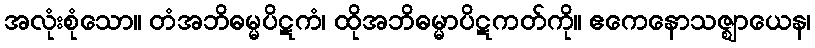
အလုံးစုံသော။ တံအဘိဓမ္မပိဋကံ၊ ထိုအဘိဓမ္မာပိဋကတ်ကို။ ဧကေနောသဇ္ဈာယေန၊